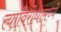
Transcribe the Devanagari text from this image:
त्याविरोधामध्ये